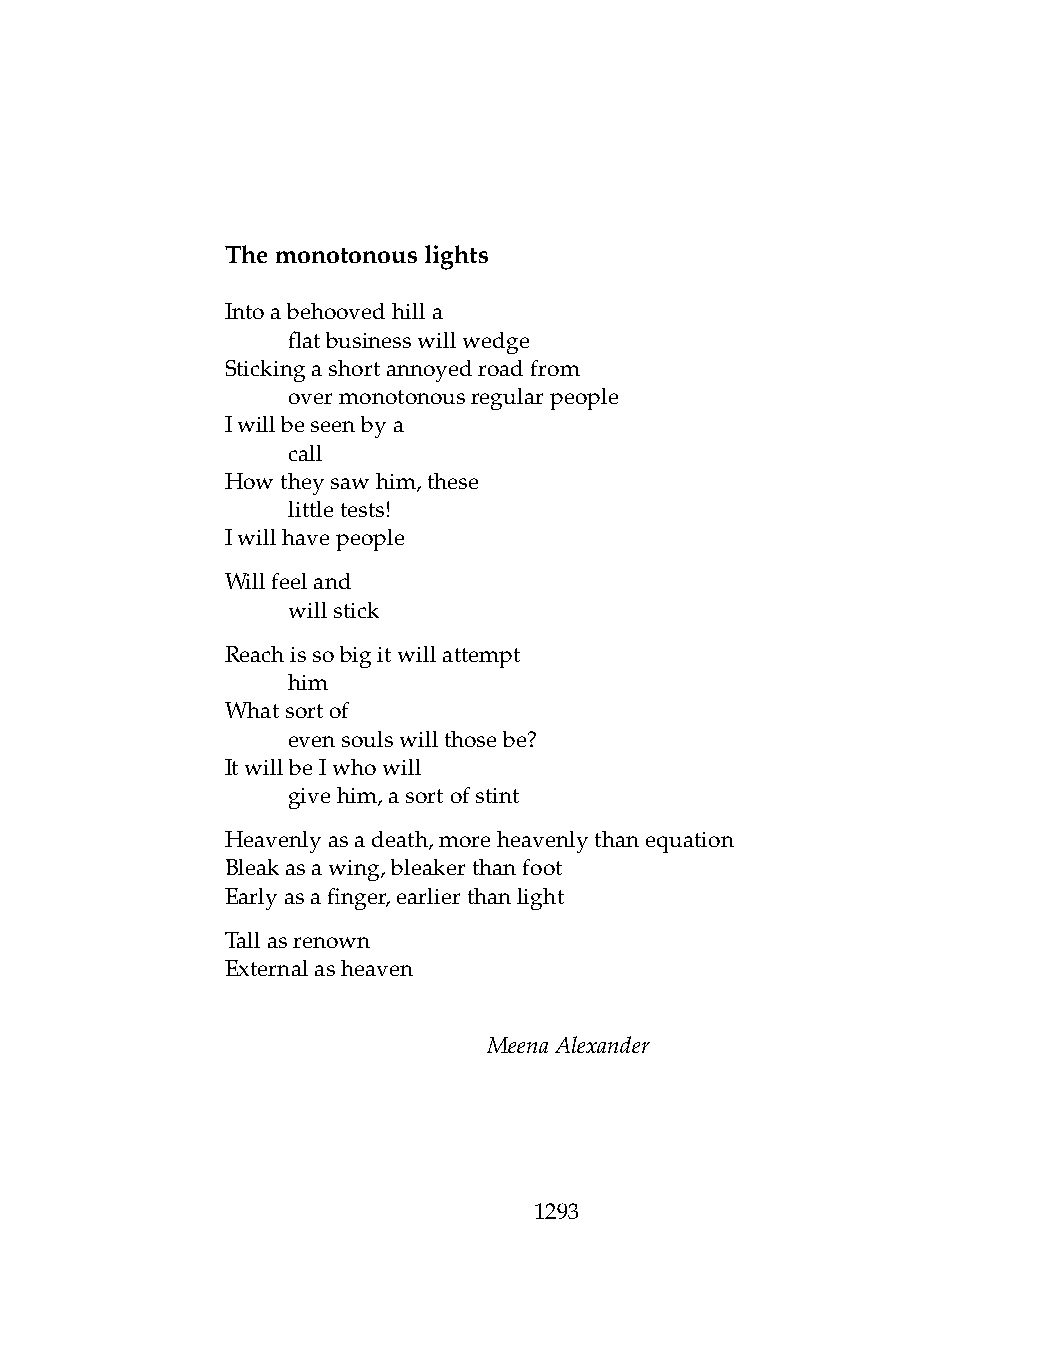
Themonotonouslights
 Intoabehoovedhilla
 .   flatbusinesswillwedge
 Stickingashortannoyedroadfrom
 .   overmonotonousregularpeople
 Iwillbeseenbya
 .   call
 Howtheysawhim,these
 .   littletests!
 Iwillhavepeople
 Willfeeland
 .   willstick
 Reachissobigitwillattempt
 .   him
 Whatsortof
 .   evensoulswillthosebe?
 ItwillbeIwhowill
 .   givehim,asortofstint
 Heavenlyasadeath,moreheavenlythanequation
 Bleakasawing,bleakerthanfoot
 Earlyasafinger,earlierthanlight
 Tallasrenown
 Externalasheaven
 MeenaAlexander
 1293